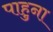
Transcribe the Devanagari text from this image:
पाहुना